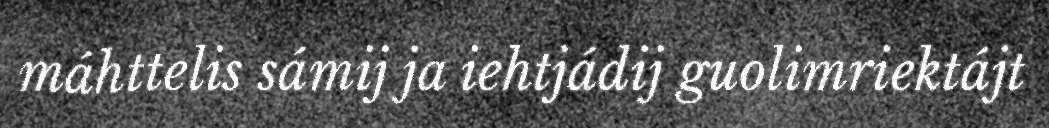
máhttelis sámij ja iehtjádij guolimriektájt